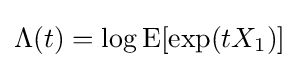
\Lambda (t)=\log \operatorname {E} [\exp(tX_{1})]